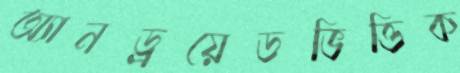
অ্যানড্রয়েডভিত্তিক